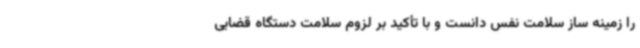
را زمینه ساز سلامت نفس دانست و با تأکید بر لزوم سلامت دستگاه قضایی